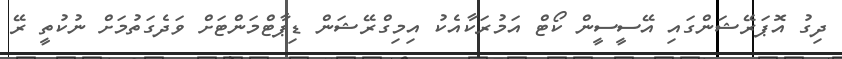
ދިގު އޮޕަރޭޝަންގައި އޭސީސީން ކޯޓް އަމުރަކާއެކު އިމިގްރޭޝަން ޑިޕާޓްމަންޓަށް ވަދެގަތުމަށް ނުކުތީ ރޭ